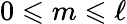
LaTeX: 0\leqslant m\leqslant\ell